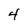
Character: 4